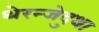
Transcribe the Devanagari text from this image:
थेरन्जेदुथा